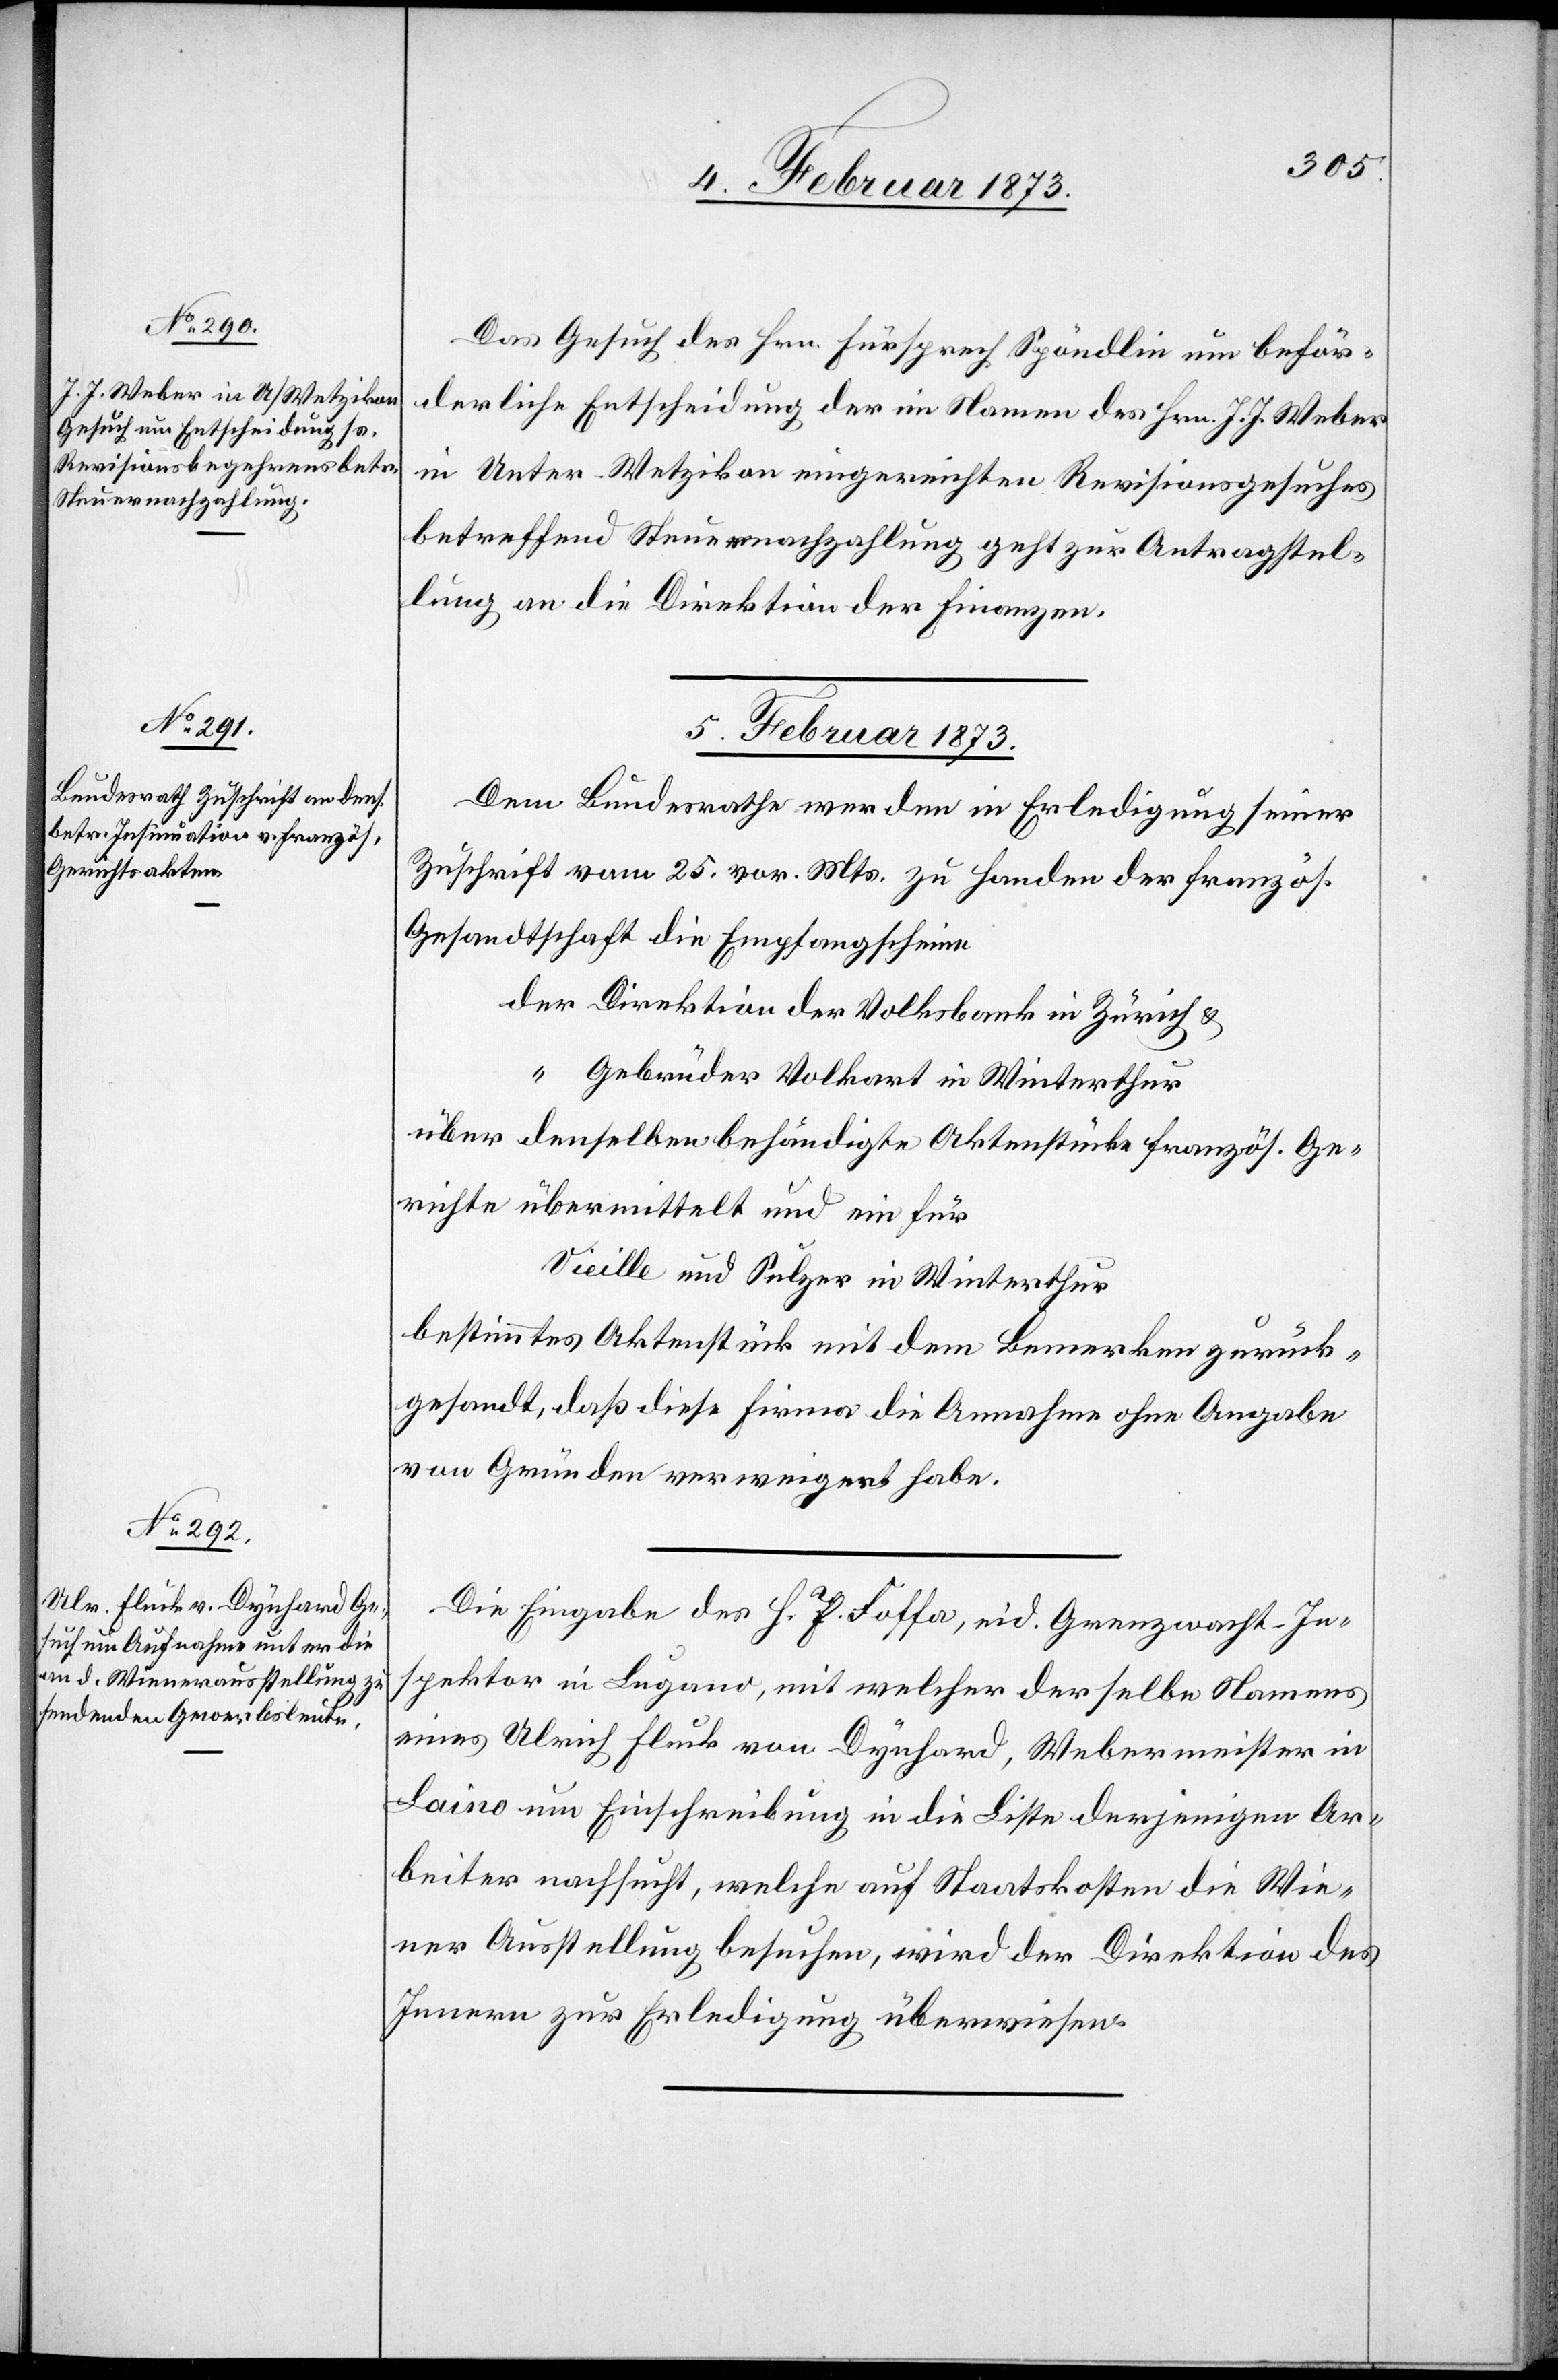
4. Februar 1873.]
Das Gesuch des Hrn. Fürsprech Spöndlin um beför¬
derliche Entscheidung der im Namen des Hrn. J. J. Weber
in Unter-Wetzikon eingereichten Revisionsgesuches
betreffend Steuernachzahlung geht zur Antragstel¬
lung an die Direktion der Finanzen.
5. Februar 1873.]
Dem Bundesrathe werden in Erledigung seiner
Zuschrift vom 25. vor. Mts. zu Handen der französ.
Gesandtschaft die Empfangscheine
der Direktion der Volksbank in Zürich u.
“ Gebrüder Volkart in Winterthur
über denselben behändigte Aktenstücke französ. Ge¬
richte übermittelt und ein für
Vieille und Sulzer in Winterthur
bestimmtes Aktenstück mit dem Bemerken zurück¬
gesandt, daß diese Firma die Annahme ohne Angabe
von Gründen verweigert habe.
Die Eingabe des H. J. Foffa, eid. Grenzwacht-In¬
spektor in Lugano, mit welcher derselbe Namens
eines Ulrich Fluck von Dynhard, Webermeister in
Laino um Einschreibung in die Liste derjenigen Ar¬
beiter nachsucht, welche auf Staatskassen die Wie¬
ner Ausstellung besuchen, wird der Direktion des
Innern zur Erledigung überwiesen.